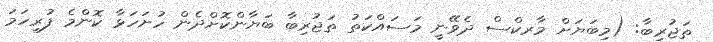
ތަޖުރިބާ: (މިބަޔަށް މާރކްސް ދެވޭނީ މަސައްކަތު ތަޖުރިބާ ބަޔާންކޮށްދެން ހުށަހަޅާ ކޮންމެ ފުރިހަމަ